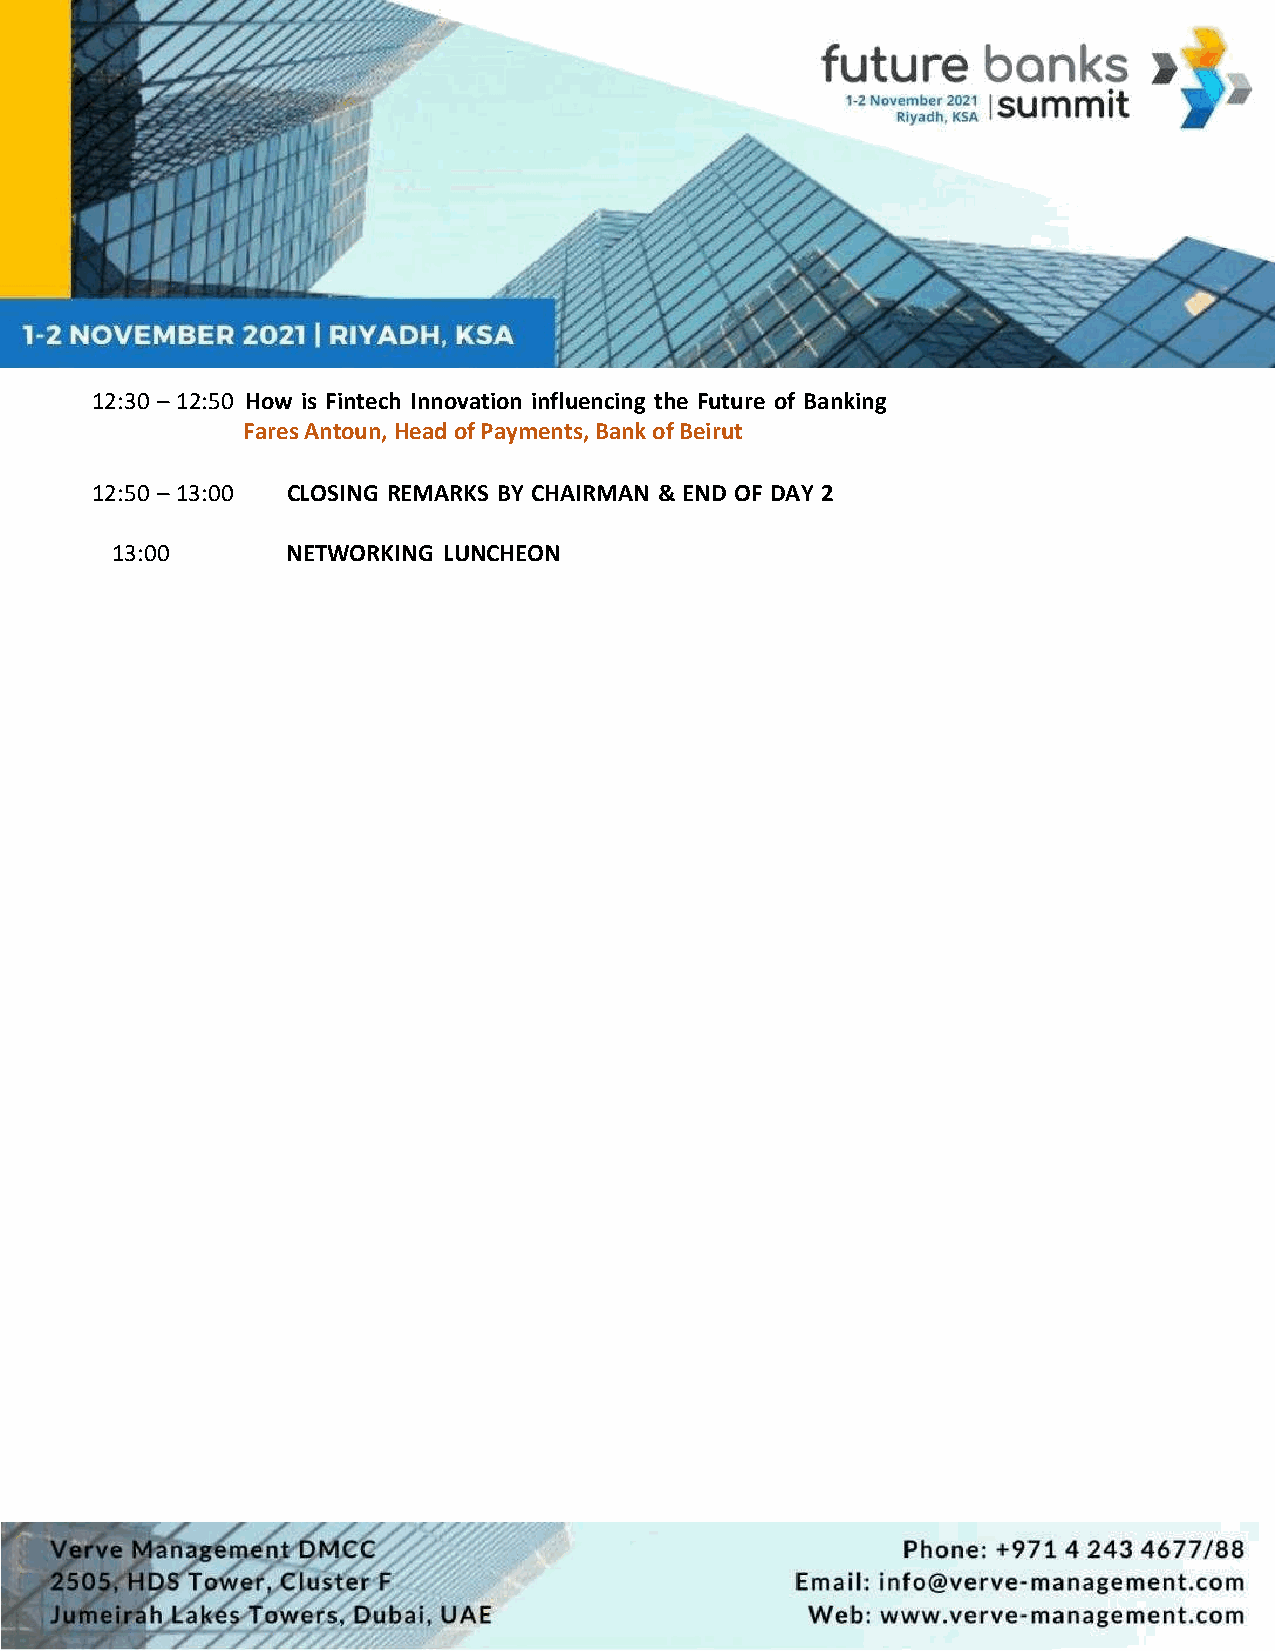
12:30 – 12:50 How is Fintech Innovation influencing the Future of Banking
 Fares Antoun, Head of Payments, Bank of Beirut
 12:50 – 13:00 CLOSING REMARKS BY CHAIRMAN & END OF DAY 2
 13:00       NETWORKING LUNCHEON